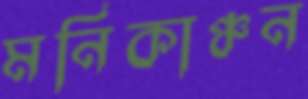
মনিকাঞ্চন